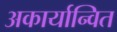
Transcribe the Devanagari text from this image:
अकार्यान्वित